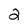
Character: 2